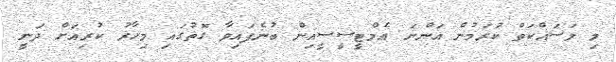
މި މަސައްކަތް ކުރަމުން އަންނަ އެމްޓީސީސީއިން ބުނެފައިވާ ގޮތުގައި މިހާރު ކުރިއަށް ދަނީ